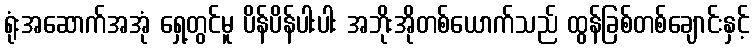
ရုံးအဆောက်အအုံ ရှေ့တွင်မူ ပိန်ပိန်ပါးပါး အဘိုးအိုတစ်ယောက်သည် ထွန်ခြစ်တစ်ချောင်းနှင့်